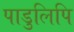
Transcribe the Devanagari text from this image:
पाडुलिपि